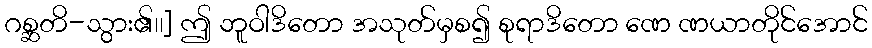
ဂစ္ဆတိ-သွား၏၊၊] ဤ ဘူဝါဒိတော အသုတ်မှစ၍ စုရာဒိတော ဏေ ဏယာတိုင်အောင်